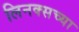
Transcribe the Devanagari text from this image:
लिनक्सच्या